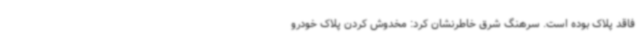
فاقد پلاک بوده است. سرهنگ شرق خاطرنشان کرد: مخدوش کردن پلاک خودرو